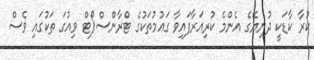
ކުރާ ކާޑަކީ ދުނިޔޭގެ އެންމެ ކުރިއަރާފައިވާ ގައުމުތަކުގެ ޓްރާންސްޕޯޓް ވިއުގަ ތަކުގައި ވެސް